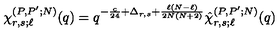
\chi _ { r , s ; \ell } ^ { ( P , P ^ { \prime } ; N ) } ( q ) = q ^ { - \frac { c } { 2 4 } + \Delta _ { r , s } + \frac { \ell ( N - \ell ) } { 2 N ( N + 2 ) } } \hat { \chi } _ { r , s ; \ell } ^ { ( P , P ^ { \prime } ; N ) } ( q )